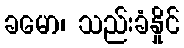
ခမော၊ သည်းခံနှိုင်